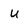
Character: U